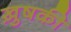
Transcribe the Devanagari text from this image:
ख़ुषकी